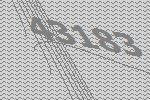
43183